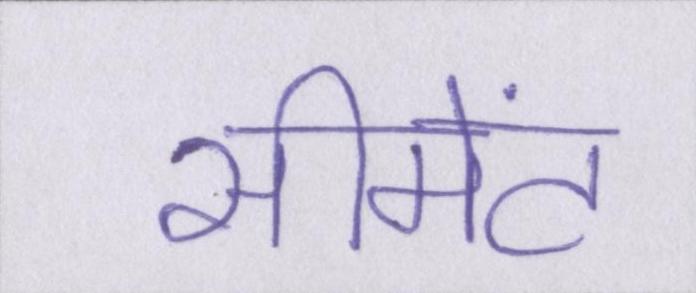
सीमेंट